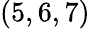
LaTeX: (5,6,7)